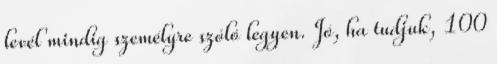
levél mindig személyre szóló legyen. Jó, ha tudjuk, 100